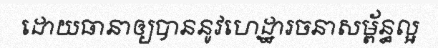
ដោយធានាឲ្យបាននូវហេដ្ឋារចនាសម្ព័ន្ធល្អ